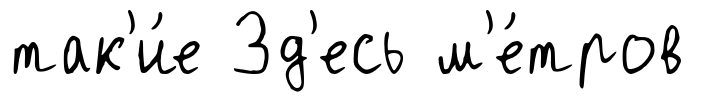
так'и́е Зд'есь м'е́тров